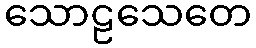
သောဠသေတေ